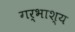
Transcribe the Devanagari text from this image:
गर्भाश्य